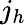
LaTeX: j_{h}